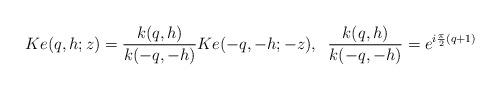
LaTeX: \begin{align*}Ke(q,h;z)=\frac{k(q,h)}{k(-q,-h)}Ke(-q,-h;-z),\;\;\frac{k(q,h)}{k(-q,-h)}=e^{i\frac{\pi}{2}(q+1)}\end{align*}